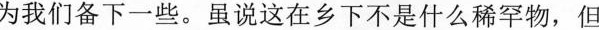
为我们备下一些。虽说这在乡下不是什么稀罕物，但